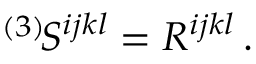
{ } ^ { ( 3 ) } \! S ^ { i j k l } = R ^ { i j k l } \, .